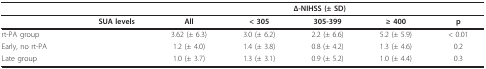
|  |  | <COLSPAN=5> Δ-NIHSS (± SD) |
 | --- | --- | --- | --- | --- | --- | --- |
 |  | SUA levels | All | < 305 | 305-399 | ≥ 400 | p |
 | rt-PA group |  | 3.62 (± 6.3) | 3.0 (± 6.2) | 2.2 (± 6.6) | 5.2 (± 5.9) | < 0.01 |
 | Early, no rt-PA |  | 1.2 (± 4.0) | 1.4 (± 3.8) | 0.8 (± 4.2) | 1.3 (± 4.6) | 0.2 |
 | Late group |  | 1.0 (± 3.7) | 1.3 (± 3.1) | 0.9 (± 5.2) | 1.0 (± 4.4) | 0.3 |